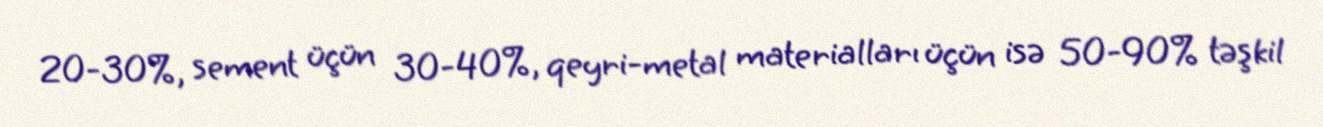
20-30%, sement üçün 30-40%, qeyri-metal materialları üçün isə 50-90% təşkil